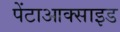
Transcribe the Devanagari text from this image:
पेंटाआक्साइड